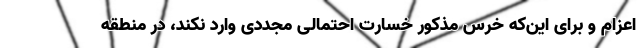
اعزام و برای این‌که خرس مذکور خسارت احتمالی مجددی وارد نکند، در منطقه